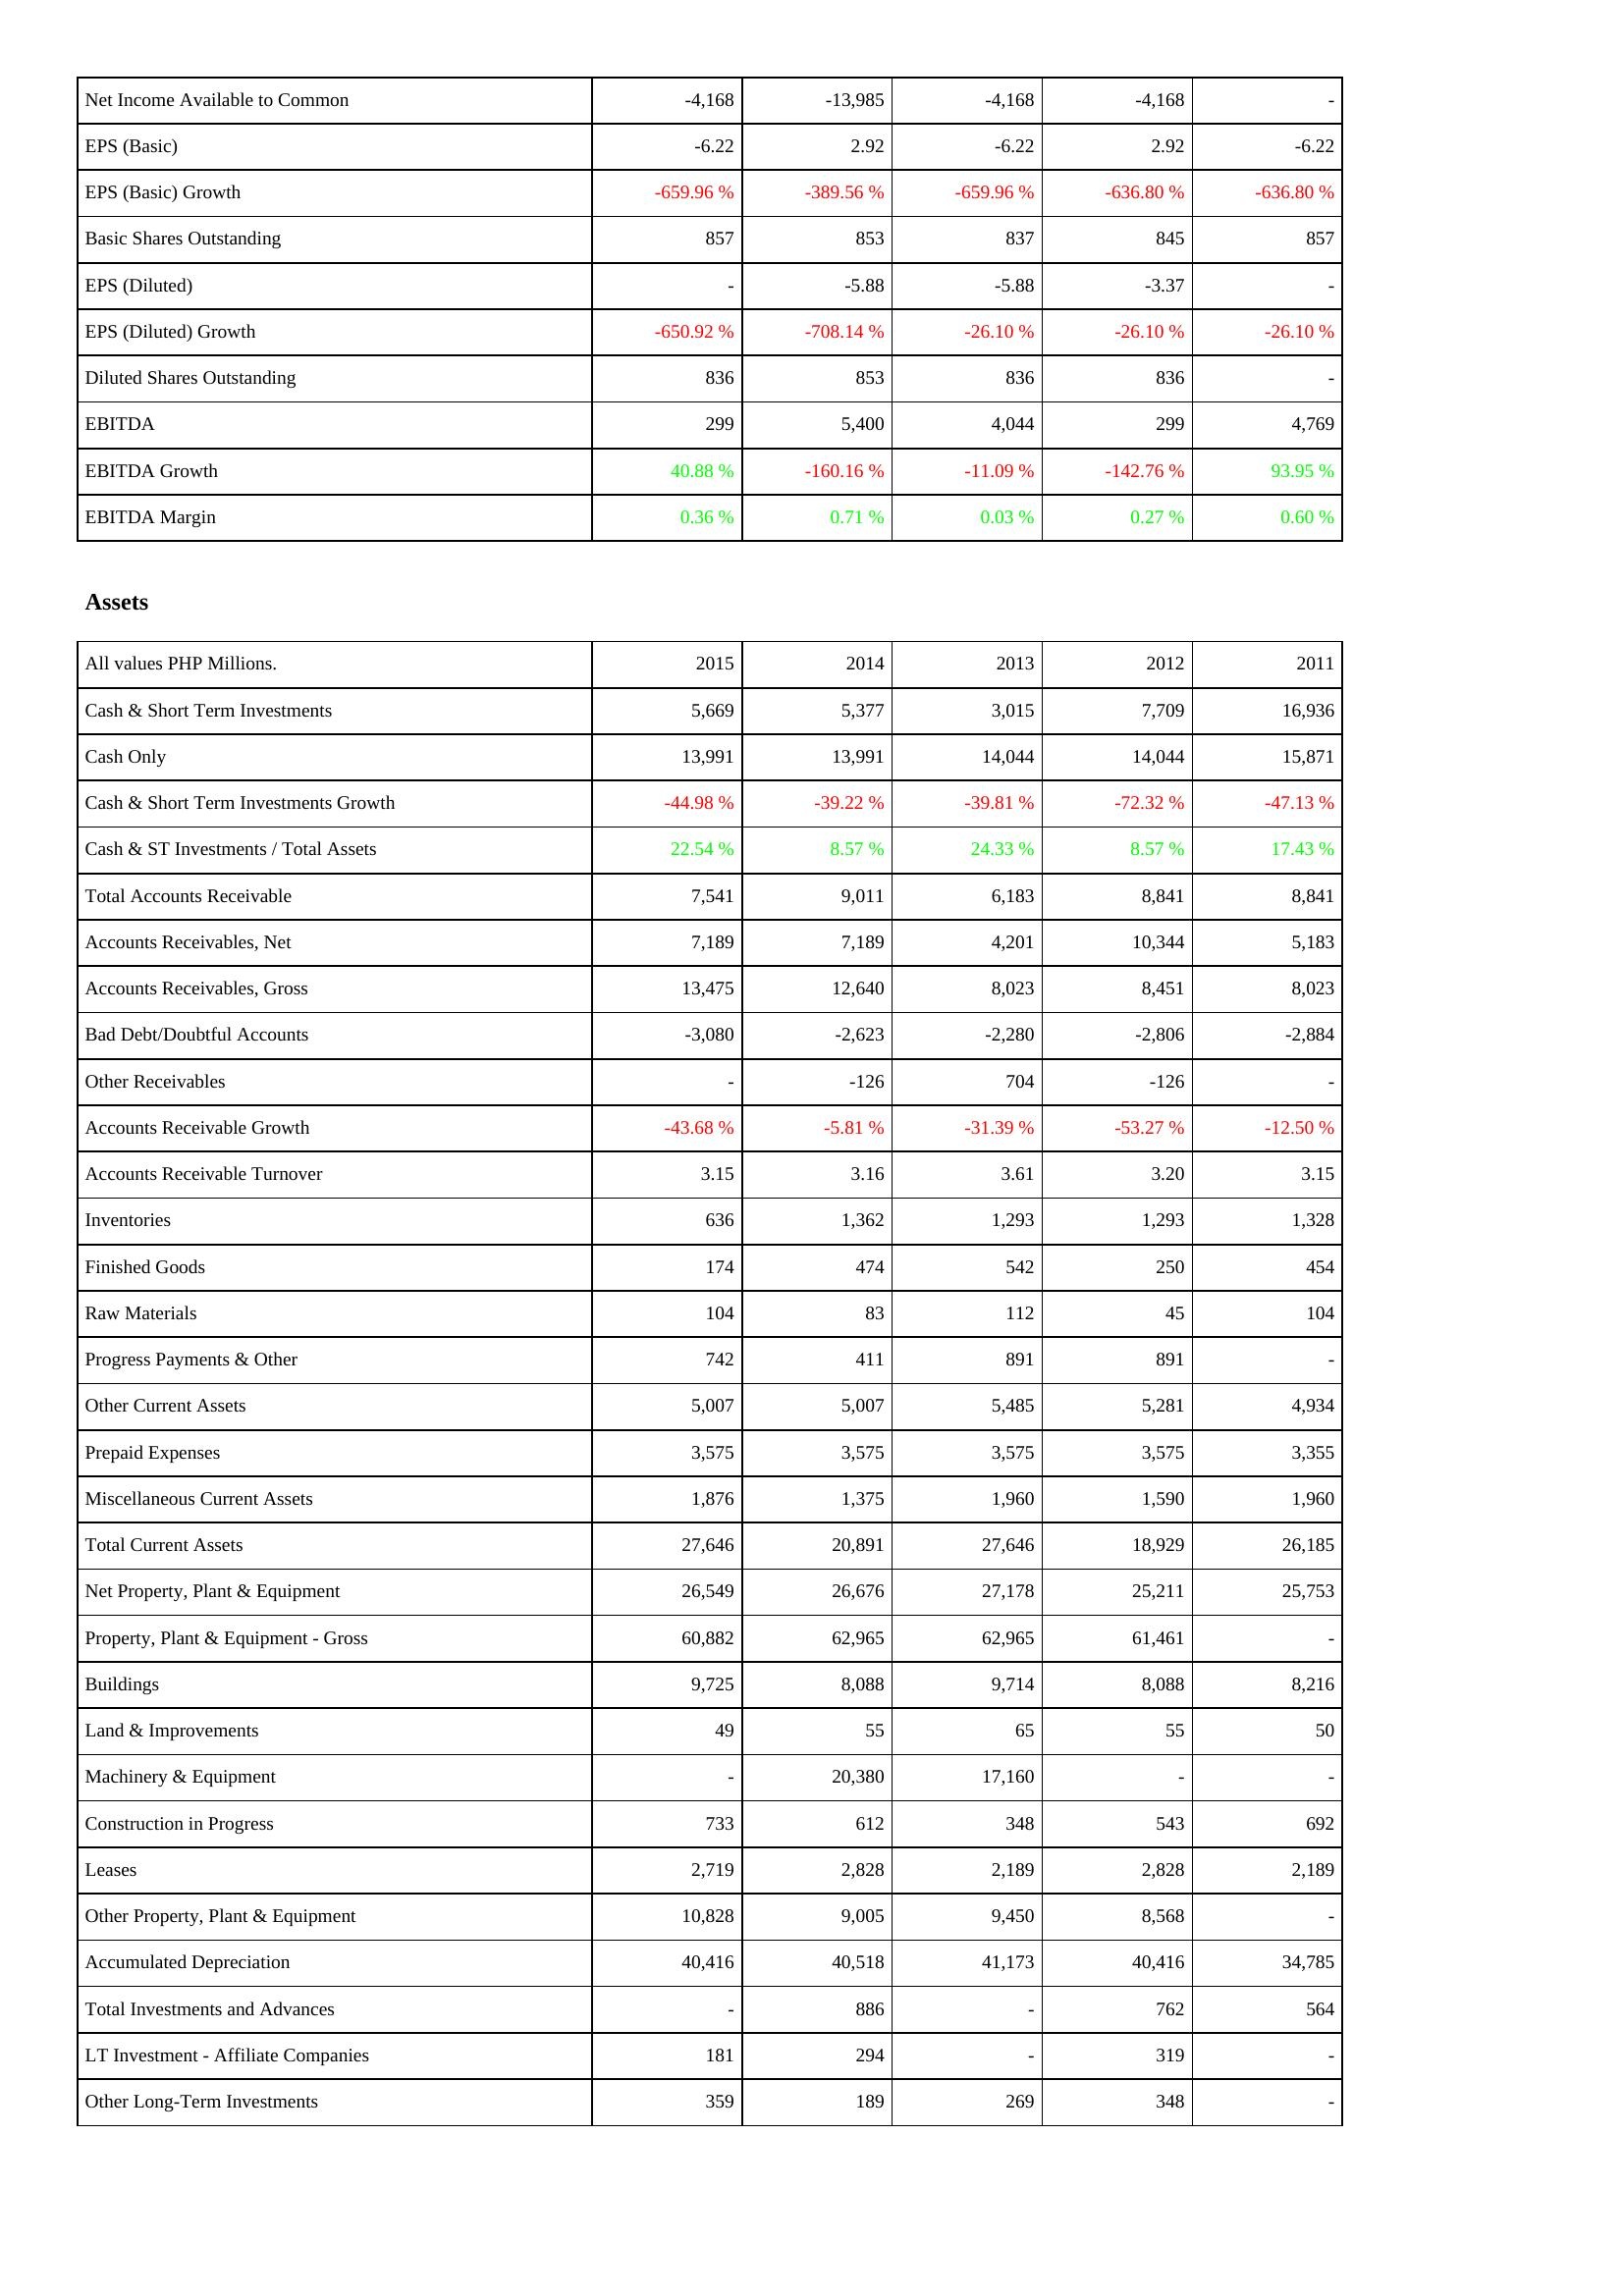
2015: Income Statement: Net Income Available to Common: -4,168
EPS (Basic): -6.22
EPS (Basic) Growth: -659.96 %
Basic Shares Outstanding: 857
EPS (Diluted): -
EPS (Diluted) Growth: -650.92 %
Diluted Shares Outstanding: 836
EBITDA: 299
EBITDA Growth: 40.88 %
EBITDA Margin: 0.36 %
Assets: Cash & Short Term Investments: 5,669
Cash Only: 13,991
Cash & Short Term Investments Growth: -44.98 %
Cash & ST Investments / Total Assets: 22.54 %
Total Accounts Receivable: 7,541
Accounts Receivables, Net: 7,189
Accounts Receivables, Gross: 13,475
Bad Debt/Doubtful Accounts: -3,080
Other Receivables: -
Accounts Receivable Growth: -43.68 %
Accounts Receivable Turnover: 3.15
Inventories: 636
Finished Goods: 174
Raw Materials: 104
Progress Payments & Other: 742
Other Current Assets: 5,007
Prepaid Expenses: 3,575
Miscellaneous Current Assets: 1,876
Total Current Assets: 27,646
Net Property, Plant & Equipment: 26,549
Property, Plant & Equipment - Gross: 60,882
Buildings: 9,725
Land & Improvements: 49
Machinery & Equipment: -
Construction in Progress: 733
Leases: 2,719
Other Property, Plant & Equipment: 10,828
Accumulated Depreciation: 40,416
Total Investments and Advances: -
LT Investment - Affiliate Companies: 181
Other Long-Term Investments: 359
2014: Income Statement: Net Income Available to Common: -13,985
EPS (Basic): 2.92
EPS (Basic) Growth: -389.56 %
Basic Shares Outstanding: 853
EPS (Diluted): -5.88
EPS (Diluted) Growth: -708.14 %
Diluted Shares Outstanding: 853
EBITDA: 5,400
EBITDA Growth: -160.16 %
EBITDA Margin: 0.71 %
Assets: Cash & Short Term Investments: 5,377
Cash Only: 13,991
Cash & Short Term Investments Growth: -39.22 %
Cash & ST Investments / Total Assets: 8.57 %
Total Accounts Receivable: 9,011
Accounts Receivables, Net: 7,189
Accounts Receivables, Gross: 12,640
Bad Debt/Doubtful Accounts: -2,623
Other Receivables: -126
Accounts Receivable Growth: -5.81 %
Accounts Receivable Turnover: 3.16
Inventories: 1,362
Finished Goods: 474
Raw Materials: 83
Progress Payments & Other: 411
Other Current Assets: 5,007
Prepaid Expenses: 3,575
Miscellaneous Current Assets: 1,375
Total Current Assets: 20,891
Net Property, Plant & Equipment: 26,676
Property, Plant & Equipment - Gross: 62,965
Buildings: 8,088
Land & Improvements: 55
Machinery & Equipment: 20,380
Construction in Progress: 612
Leases: 2,828
Other Property, Plant & Equipment: 9,005
Accumulated Depreciation: 40,518
Total Investments and Advances: 886
LT Investment - Affiliate Companies: 294
Other Long-Term Investments: 189
2013: Income Statement: Net Income Available to Common: -4,168
EPS (Basic): -6.22
EPS (Basic) Growth: -659.96 %
Basic Shares Outstanding: 837
EPS (Diluted): -5.88
EPS (Diluted) Growth: -26.10 %
Diluted Shares Outstanding: 836
EBITDA: 4,044
EBITDA Growth: -11.09 %
EBITDA Margin: 0.03 %
Assets: Cash & Short Term Investments: 3,015
Cash Only: 14,044
Cash & Short Term Investments Growth: -39.81 %
Cash & ST Investments / Total Assets: 24.33 %
Total Accounts Receivable: 6,183
Accounts Receivables, Net: 4,201
Accounts Receivables, Gross: 8,023
Bad Debt/Doubtful Accounts: -2,280
Other Receivables: 704
Accounts Receivable Growth: -31.39 %
Accounts Receivable Turnover: 3.61
Inventories: 1,293
Finished Goods: 542
Raw Materials: 112
Progress Payments & Other: 891
Other Current Assets: 5,485
Prepaid Expenses: 3,575
Miscellaneous Current Assets: 1,960
Total Current Assets: 27,646
Net Property, Plant & Equipment: 27,178
Property, Plant & Equipment - Gross: 62,965
Buildings: 9,714
Land & Improvements: 65
Machinery & Equipment: 17,160
Construction in Progress: 348
Leases: 2,189
Other Property, Plant & Equipment: 9,450
Accumulated Depreciation: 41,173
Total Investments and Advances: -
LT Investment - Affiliate Companies: -
Other Long-Term Investments: 269
2012: Income Statement: Net Income Available to Common: -4,168
EPS (Basic): 2.92
EPS (Basic) Growth: -636.80 %
Basic Shares Outstanding: 845
EPS (Diluted): -3.37
EPS (Diluted) Growth: -26.10 %
Diluted Shares Outstanding: 836
EBITDA: 299
EBITDA Growth: -142.76 %
EBITDA Margin: 0.27 %
Assets: Cash & Short Term Investments: 7,709
Cash Only: 14,044
Cash & Short Term Investments Growth: -72.32 %
Cash & ST Investments / Total Assets: 8.57 %
Total Accounts Receivable: 8,841
Accounts Receivables, Net: 10,344
Accounts Receivables, Gross: 8,451
Bad Debt/Doubtful Accounts: -2,806
Other Receivables: -126
Accounts Receivable Growth: -53.27 %
Accounts Receivable Turnover: 3.20
Inventories: 1,293
Finished Goods: 250
Raw Materials: 45
Progress Payments & Other: 891
Other Current Assets: 5,281
Prepaid Expenses: 3,575
Miscellaneous Current Assets: 1,590
Total Current Assets: 18,929
Net Property, Plant & Equipment: 25,211
Property, Plant & Equipment - Gross: 61,461
Buildings: 8,088
Land & Improvements: 55
Machinery & Equipment: -
Construction in Progress: 543
Leases: 2,828
Other Property, Plant & Equipment: 8,568
Accumulated Depreciation: 40,416
Total Investments and Advances: 762
LT Investment - Affiliate Companies: 319
Other Long-Term Investments: 348
2011: Income Statement: Net Income Available to Common: -
EPS (Basic): -6.22
EPS (Basic) Growth: -636.80 %
Basic Shares Outstanding: 857
EPS (Diluted): -
EPS (Diluted) Growth: -26.10 %
Diluted Shares Outstanding: -
EBITDA: 4,769
EBITDA Growth: 93.95 %
EBITDA Margin: 0.60 %
Assets: Cash & Short Term Investments: 16,936
Cash Only: 15,871
Cash & Short Term Investments Growth: -47.13 %
Cash & ST Investments / Total Assets: 17.43 %
Total Accounts Receivable: 8,841
Accounts Receivables, Net: 5,183
Accounts Receivables, Gross: 8,023
Bad Debt/Doubtful Accounts: -2,884
Other Receivables: -
Accounts Receivable Growth: -12.50 %
Accounts Receivable Turnover: 3.15
Inventories: 1,328
Finished Goods: 454
Raw Materials: 104
Progress Payments & Other: -
Other Current Assets: 4,934
Prepaid Expenses: 3,355
Miscellaneous Current Assets: 1,960
Total Current Assets: 26,185
Net Property, Plant & Equipment: 25,753
Property, Plant & Equipment - Gross: -
Buildings: 8,216
Land & Improvements: 50
Machinery & Equipment: -
Construction in Progress: 692
Leases: 2,189
Other Property, Plant & Equipment: -
Accumulated Depreciation: 34,785
Total Investments and Advances: 564
LT Investment - Affiliate Companies: -
Other Long-Term Investments: -